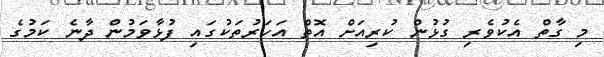
މި ގާތް އެކުވެރި ގުޅުން ކުރިއަށް އޮތް އަހަރުތަކުގައި ފުޅާވަމުން ދާނެ ކަމުގެ